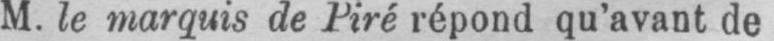
M. le marquis de Piré répond qu’avant de